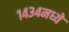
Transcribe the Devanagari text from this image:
१४३४मध्ये